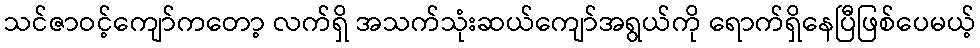
သင်ဇာဝင့်ကျော်ကတော့ လက်ရှိ အသက်သုံးဆယ်ကျော်အရွယ်ကို ရောက်ရှိနေပြီဖြစ်ပေမယ့်